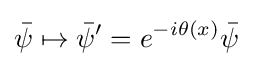
{\bar {\psi }}\mapsto {\bar {\psi }}'=e^{-i\theta (x)}{\bar {\psi }}